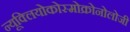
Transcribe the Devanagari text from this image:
न्यूक्लियोकोस्मोक्रोनोलोजी